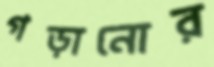
গড়ানোর